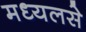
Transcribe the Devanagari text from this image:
मध्यलसे